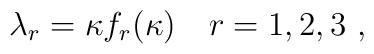
\lambda_r=\kappa f_r(\kappa) \quad r=1,2,3\,\,,